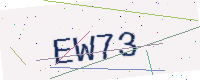
Text: EW73